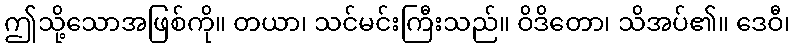
ဤသို့သောအဖြစ်ကို။ တယာ၊ သင်မင်းကြီးသည်။ ဝိဒိတော၊ သိအပ်၏။ ဒေဝီ၊